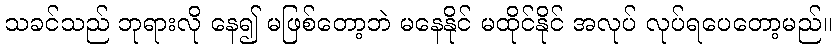
သခင်သည် ဘုရားလို နေ၍ မဖြစ်တော့ဘဲ မနေနိုင် မထိုင်နိုင် အလုပ် လုပ်ရပေတော့မည်။